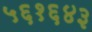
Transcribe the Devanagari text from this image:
५६१६४३